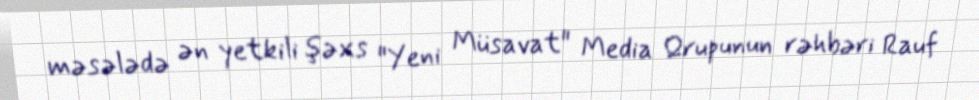
məsələdə ən yetkili şəxs "Yeni Müsavat" Media Qrupunun rəhbəri Rauf